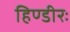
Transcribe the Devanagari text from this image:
हिण्डीरः